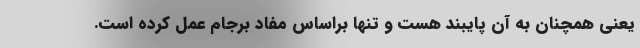
یعنی همچنان به آن پایبند هست و تنها براساس مفاد برجام عمل کرده است.